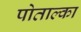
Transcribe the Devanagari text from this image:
पोताल्का